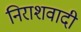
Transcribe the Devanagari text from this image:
निराशवादी